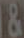
&